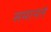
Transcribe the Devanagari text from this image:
समानते